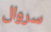
سروال